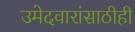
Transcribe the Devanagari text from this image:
उमेदवारांसाठीही